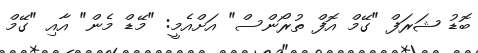
ބޮޑު ޝަރަފް "ގޭމް އޮފް ތުރޯންސް" އަށްއެމީ: "މޭޑް މެން" އާއި "ގޭމް